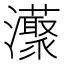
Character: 𤄓